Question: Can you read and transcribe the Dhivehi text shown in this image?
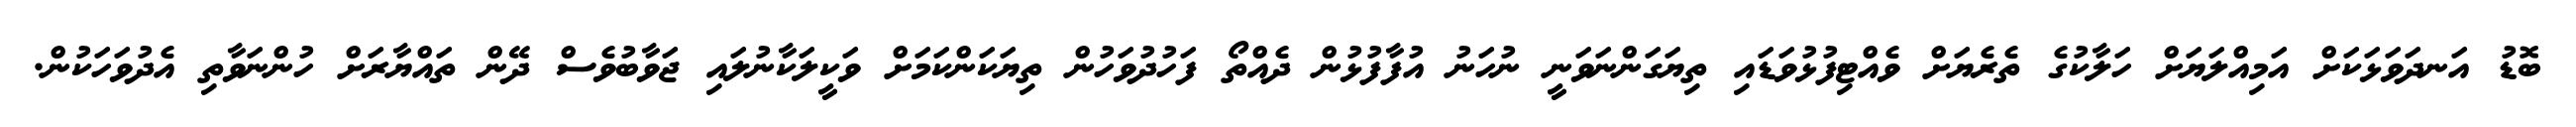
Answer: ބޮޑު އަނދަވަޅަކަށް އަމިއްލަޔަށް ހަލާކުގެ ތެރެޔަށް ވެއްޓިފުޅުވަޑައި ތިޔަގަންނަވަނީ ނުހަނު އުފާފުޅުން ދެއްތޯ ފަހުދުވަހުން ތިޔަކަންކަމަށް ވަކީލަކާނުލައި ޖަވާބުވެސް ދޭން ތައްޔާރަށް ހުންނަވާތި އެދުވަހަކުން.